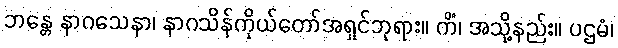
ဘန္တေ နာဂသေနာ၊ နာဂသိန်ကိုယ်တော်အရှင်ဘုရား။ ကိံ၊ အသို့နည်း။ ပဌမံ၊